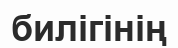
билігінің